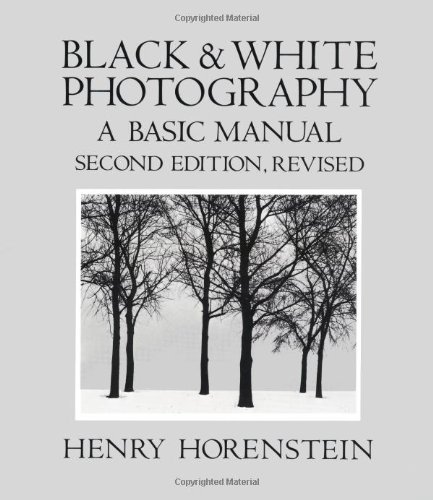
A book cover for Black and White Photography: A Basic Manual; Henry Horenstein; Arts & Photography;